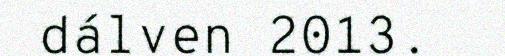
dálven 2013.